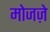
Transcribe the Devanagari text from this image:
मोजज़े